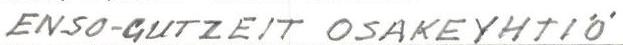
ENSO-GUTZEIT OSAKEYHTIÖ